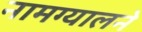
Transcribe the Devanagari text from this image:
नामग्यालने